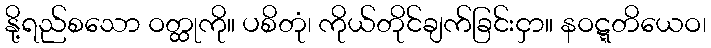
နို့ရည်စသော ဝတ္ထုကို။ ပစိတုံ၊ ကိုယ်တိုင်ချက်ခြင်းငှာ။ နဝဋ္ဋတိယေဝ၊